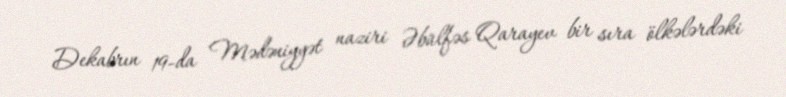
Dekabrın 19-da Mədəniyyət naziri Əbülfəs Qarayev bir sıra ölkələrdəki